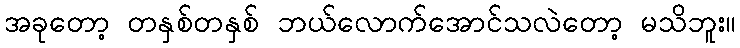
အခုတော့ တနှစ်တနှစ် ဘယ်လောက်အောင်သလဲတော့ မသိဘူး။